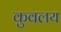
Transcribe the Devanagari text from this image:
कुवलय